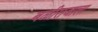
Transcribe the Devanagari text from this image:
बळीराजाला